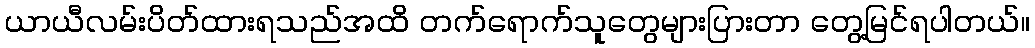
ယာယီလမ်းပိတ်ထားရသည်အထိ တက်ရောက်သူတွေများပြားတာ တွေ့မြင်ရပါတယ်။